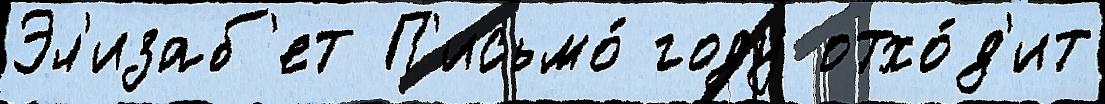
Эл'изаб'ет П'исьмо́ году отхо́д'ит